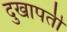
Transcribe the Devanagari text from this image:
दुखापतीं